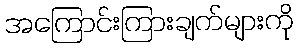
အကြောင်းကြားချက်များကို